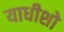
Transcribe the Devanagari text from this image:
याधीशो